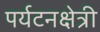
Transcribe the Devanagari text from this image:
पर्यटनक्षेत्री